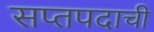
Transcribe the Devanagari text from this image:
सप्तपदाची